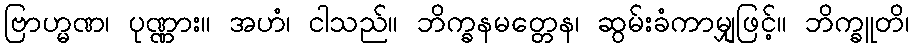
ဗြာဟ္မဏ၊ ပုဏ္ဏား။ အဟံ၊ ငါသည်။ ဘိက္ခနမတ္တေန၊ ဆွမ်းခံကာမျှဖြင့်။ ဘိက္ခူတိ၊